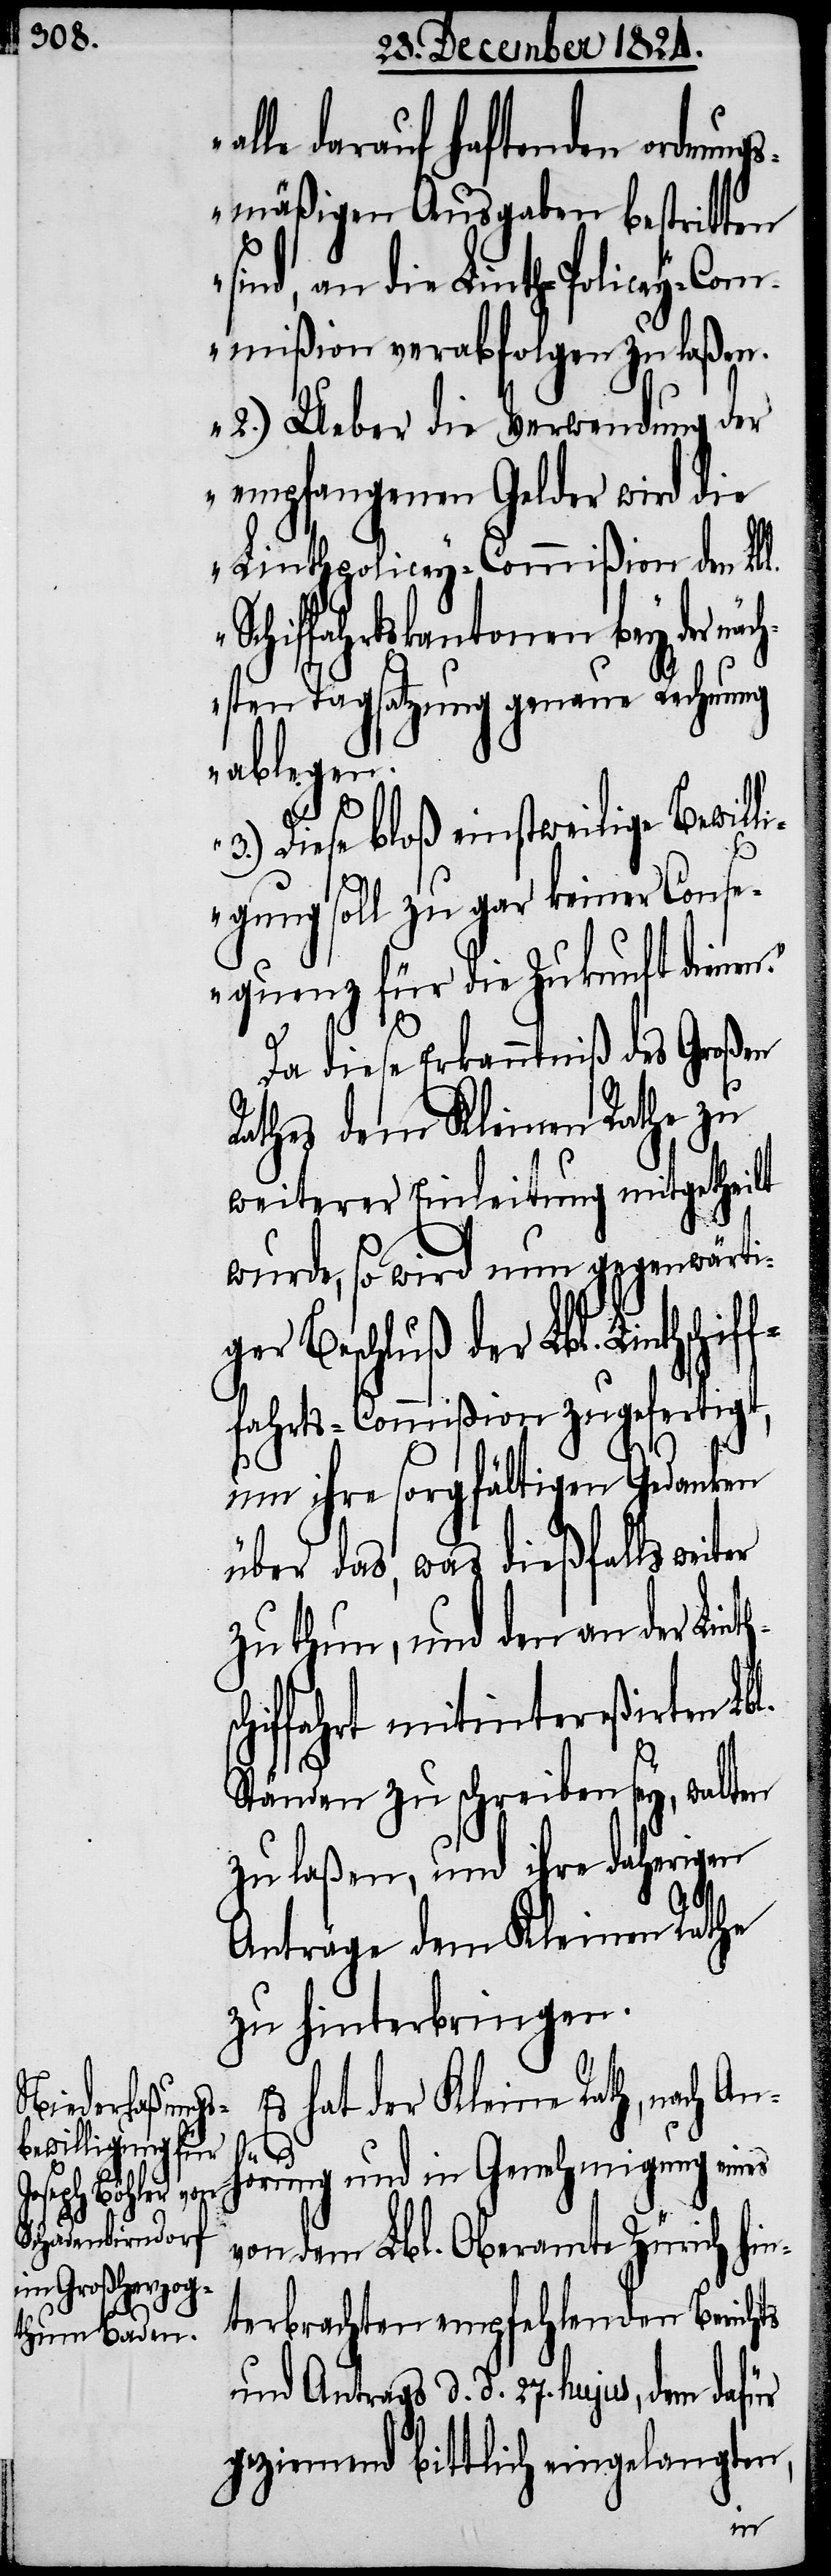
alle darauf haftende ordnung¬
smäßigen Ausgaben bestritten
ind, an die Linth-Policey-Co¬
mmißion verabfolgen zu laßen.
2.) Ueber die Verwendung der
empfangenen Gelder wird die
Linthpolicey-Commißion den Lbl.
Schiffahrtskantonen bey der nä¬
sten Tagsatzung genaue Rechnung
ablegen.
3.) Diese bloß einstweilige Bewill¬
igung soll zu gar keiner Cons¬
equenz für die Zukunft diene¬
l.
Da diese Erkanntniß des großen
Rathes dem Kleinen Rathe zu
weiterer Einleitung mitgetheilt
wurde, so wird nun gegenwärtig¬
er Beschluß der Lbl. Linthsch¬
fahrts-Commißion zugefertigt,
um ihre sorgfältigen Gedanken
über das, was dießfalls weiter
zu thun, und den an der Lint¬
hiffahrt mitintereßirten Lb¬
Ständen zu schreiben sey, walten
zu laßen, und ihre daherigen
Anträge dem Kleinen Rathe
zu hinterbringen.
Es hat der Kleine Rath, nach An¬
hsc¬
hörung und in Genehmigung eines
von dem Lbl. Oberamte Zürich hin¬
terbrachten empfehlenden Berichts
und Antrags d. d. 27. hujus, dem dafür
geziemend bittlich eingelangten,
if¬